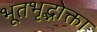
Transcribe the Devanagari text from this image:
भूतभृद्भोक्ता